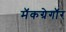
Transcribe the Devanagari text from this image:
मॅकग्रेगॉर